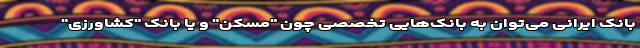
بانک ایرانی می‌توان به بانک‌هایی تخصصی چون "مسکن" و یا بانک "کشاورزی"